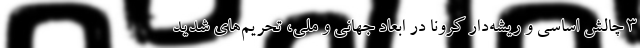
۳ چالش اساسی و ریشه‌دار کرونا در ابعاد جهانی و ملی، تحریم‌های شدید